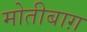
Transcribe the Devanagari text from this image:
मोतीबाग़